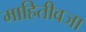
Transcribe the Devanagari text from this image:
माहितीवजा